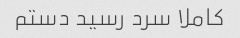
کاملا سرد رسید دستم